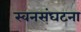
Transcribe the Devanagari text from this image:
स्वनसंघटना